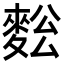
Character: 𪌥